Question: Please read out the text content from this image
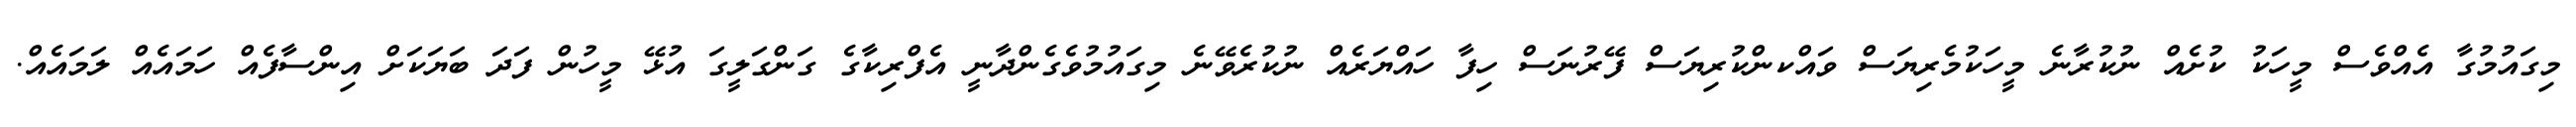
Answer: މިގައުމުގާ އެއްވެސް މީހަކު ކުށެއް ނުކުރާނެ މީހަކުމެރިޔަސް ވައްކންކުރިޔަސް ފޭރުނަސް ހިފާ ހައްޔަރެއް ނުކުރެވޭނެ މިގައުމުވެގެންދާނީ އެފްރިކާގެ ގަންގަލީގަ އުޅޭ މީހުން ފަދަ ބަޔަކަށް އިންސާފެއް ހަމައެއް ލަމައެއް.